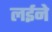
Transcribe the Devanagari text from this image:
लईने